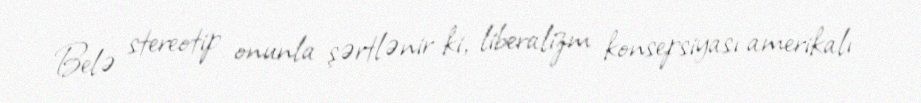
Belə stereotip onunla şərtlənir ki, liberalizm konsepsiyası amerikalı